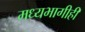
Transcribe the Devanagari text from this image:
मध्यभागीही